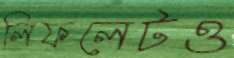
লিফলেটও